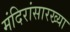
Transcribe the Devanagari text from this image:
मंदिरांसारख्या